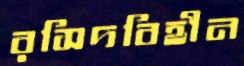
রসিদবিহীন